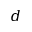
d